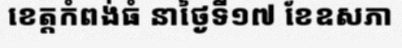
ខេត្តកំពង់ធំ នាថ្ងៃទី១៧ ខែឧសភា